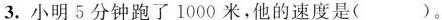
3.小明5分钟跑了1000米，他的速度是()。